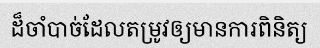
ដ៏ចាំបាច់ដែលតម្រូវឲ្យមានការពិនិត្យ